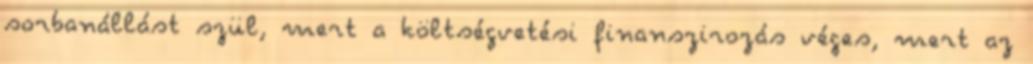
sorbanállást szül, mert a költségvetési finanszirozás véges, mert az